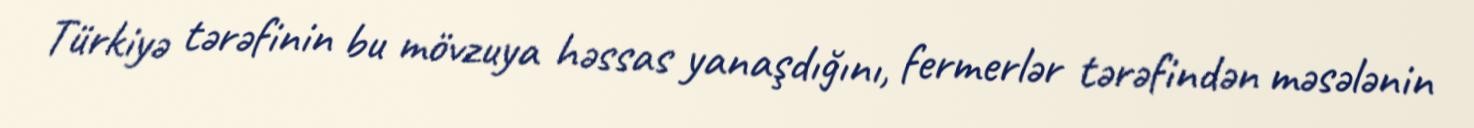
Türkiyə tərəfinin bu mövzuya həssas yanaşdığını, fermerlər tərəfindən məsələnin